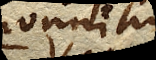
nonnihil